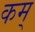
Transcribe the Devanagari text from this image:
कम्‌